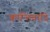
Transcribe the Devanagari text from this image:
क्रान्तिवादि